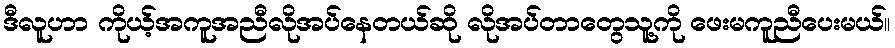
ဒီလူဟာ ကိုယ့်အကူအညီလိုအပ်နေတယ်ဆို လိုအပ်တာတွေသူ့ကို ဖေးမကူညီပေးမယ်။